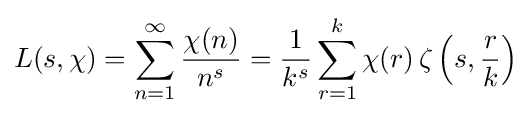
L(s,\chi )=\sum _{n=1}^{\infty }{\frac {\chi (n)}{n^{s}}}={\frac {1}{k^{s}}}\sum _{r=1}^{k}\chi (r)\operatorname {\zeta } \left(s,{\frac {r}{k}}\right)